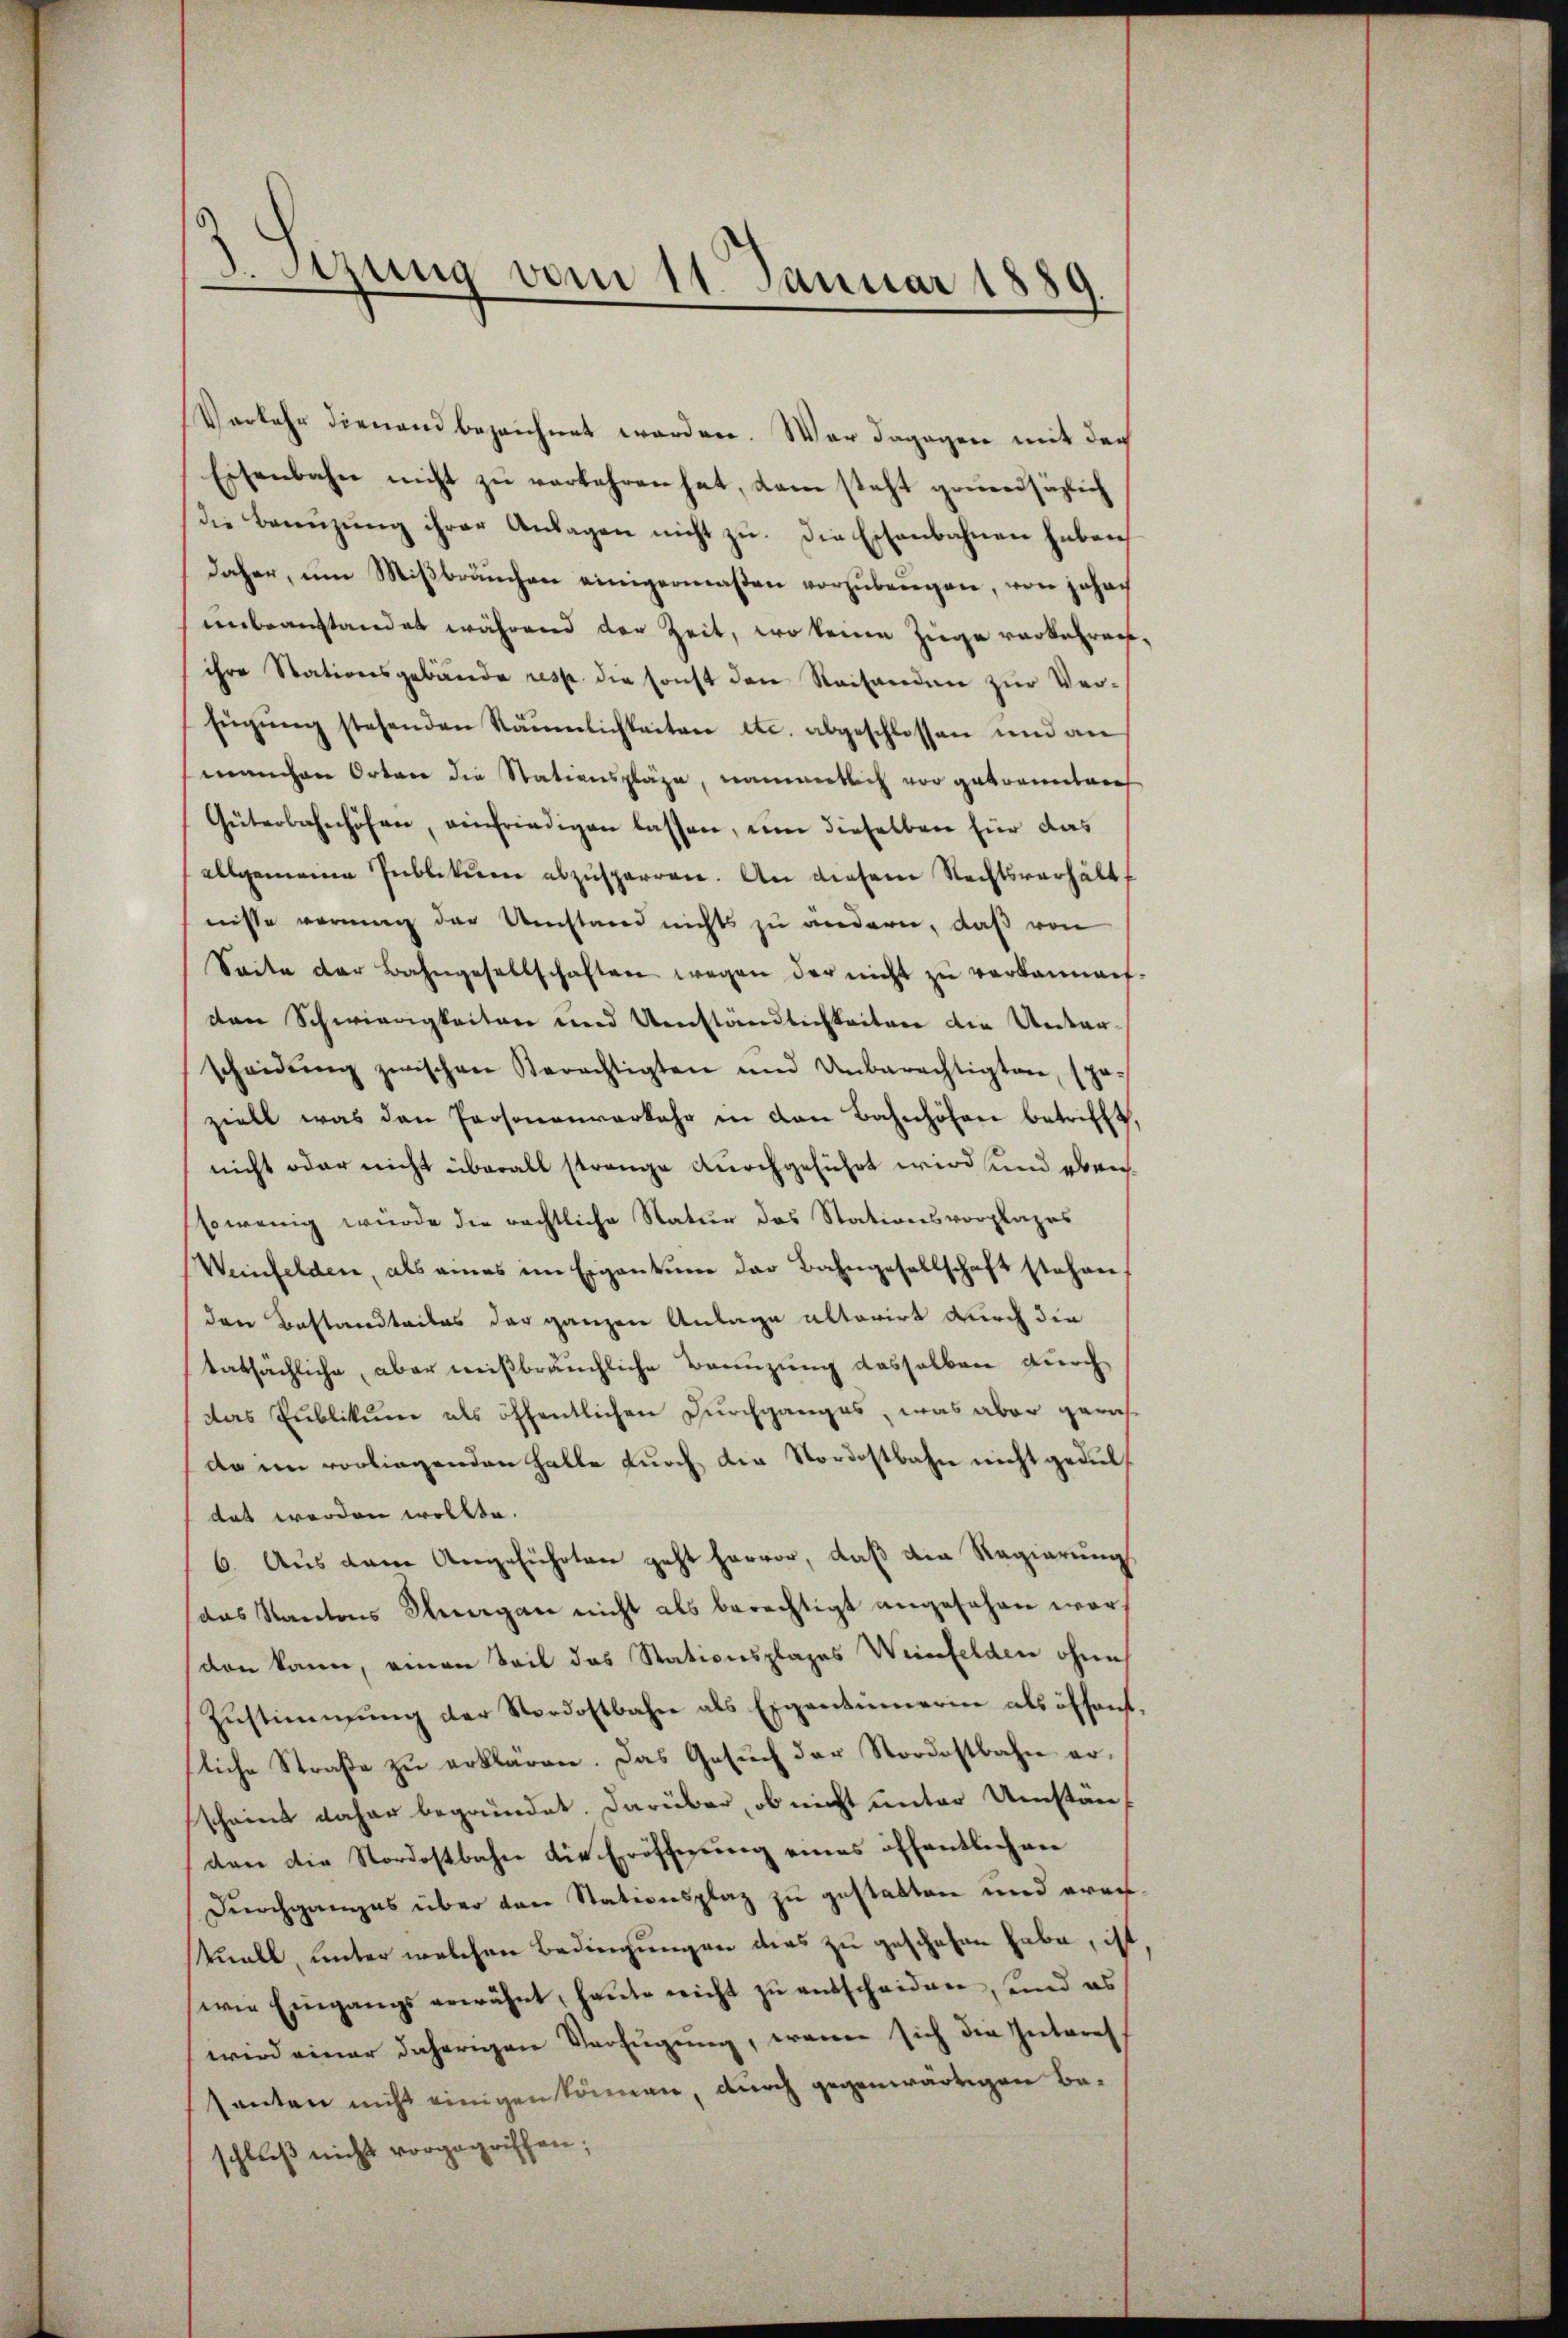
e
Sirung vom 11. Januar 1889

Verkehr dienen bezeichnet worden. War dagegen mit der
Eisenbahn nicht zŭ verkehren hat, dem steht grünesäglich
die Beenzŭng ihrer Anlagen nicht zu. Die Eisenbahnen haben
daher, um Mißbräuchen einigermaßen vorzubeugen, von Johach
unbeanstandet während der Zeit, wo kenen Ziege vorkehren,
ihre Stationsgebäude resp. die sonst den Reisenden zŭr Verfŭgŭng stehenden Räumlichkeiten etc. abgeschlossen und an
manchen Orten die Stationspläge, namentlich vor gebrannten
Güterbahnhöhen, einfriedigen lassen, um dieselben für das
allgemeine Publikum abzusparren. An diesem Rechtsverhält
nisse vormung der Umstand nichts zu andern, daß von
Seite der Bahngesellschaften wegen der nicht zŭ verkannt.
den Schwierigkeiten und Umständlichkeiten die Unterscheidŭng zwischen Berechtigten und Unberechtigten, spa-
ziell was den Personenverkehr in den Bahnhöhere betrifft,
nicht oder nicht überall strenge durchgeführt wird und ebensowenig wurde die rechtliche Natur das Stationsvorplazes
Weinfelden, als eines im Eigentum der Bahngesellschaft stehen,
den Bestandteiles der ganzen Anlage alterirt durch die
tatsächliche, aber wißbräuchliche Brenzung dasselben durch
das Publikum als öffentlichen Durchganges, was aber geras-
do im vorliegenden Halle durch die Nordostbahn nicht geduldat werden wollte.
6. Aus dem Angeführten geht hervor, daß die Regierung
das Kantons Thurgau nicht als berechtigt angesehen worden kann, einen Teil das Stationsplages Weinfelden ohne
Zŭstimmung der Nordostbahn als Eigentümerien als öffent.
liche Straße zu erklären. Das Gesuch der Nordostbahn erscheint daher begründet. Darüber, ob nicht unter Umständen die Nordostbahn die Eröfferung eines öffentlich an
Durchganges über den Stationsplaz zu gestatten und erachtuall, unter welchen Bedingungen ders zu geschehen habe, ist
wie Eingangs erwähnt, haŭte nicht zŭ entscheiden, und es
wird einer daherigen Verfügung, wenn sich die Interes
santen nicht einigen können, durch gegenwärtigen Baschluß nicht vorgegriffen;